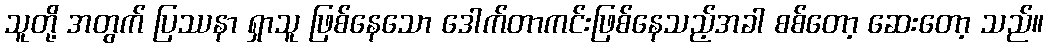
သူတို့ အတွက် ပြဿနာ ရှာသူ ဖြစ်နေသော ဒေါက်တာကင်းဖြစ်နေသည့်အခါ စစ်တော့ ဆေးတော့ သည်။